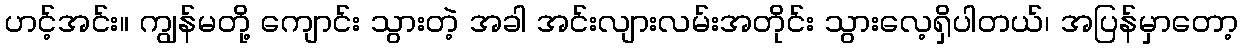
ဟင့်အင်း။ ကျွန်မတို့ ကျောင်း သွားတဲ့ အခါ အင်းလျားလမ်းအတိုင်း သွားလေ့ရှိပါတယ်၊ အပြန်မှာတော့